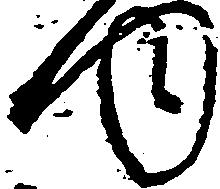
内